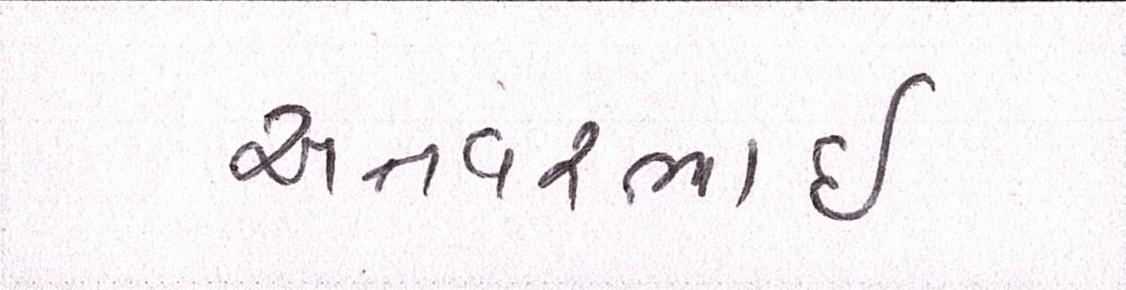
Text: અનવરભાઈ